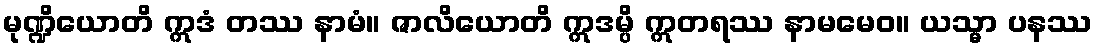
မုဏ္ဍိယောတိ ဣဒံ တဿ နာမံ။ ဇာလိယောတိ ဣဒမ္ပိ ဣတရဿ နာမမေဝ။ ယသ္မာ ပနဿ